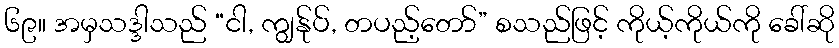
၆၉။ အမှသဒ္ဒါသည် “ငါ, ကျွန်ုပ်, တပည့်တော်” စသည်ဖြင့် ကိုယ့်ကိုယ်ကို ခေါ်ဆို